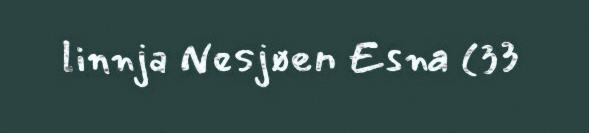
linnja Nesjøen Esna (33